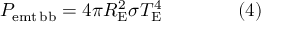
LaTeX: P _ { \mathrm { { e m t \, b b } } } = 4 \pi R _ { \mathrm { { E } } } ^ { 2 } \sigma T _ { \mathrm { { E } } } ^ { 4 } \qquad \qquad ( 4 )